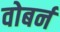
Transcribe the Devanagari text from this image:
वोबर्न